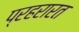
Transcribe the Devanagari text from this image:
प्रहरारत